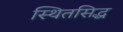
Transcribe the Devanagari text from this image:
स्थितसिद्ध